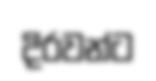
දිරවන්ට